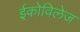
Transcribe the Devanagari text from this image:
ईकोविलेज